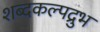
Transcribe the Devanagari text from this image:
शब्दकल्पद्रुभ